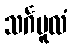
သင်္ဂမူလံ